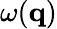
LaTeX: \omega(\mathbf{q})